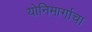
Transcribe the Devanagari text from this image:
योनिमार्गाचा